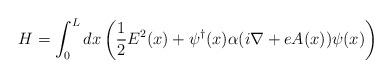
LaTeX: \begin{align*}H=\int_0^L dx\left( {1\over2}E^2(x)+ \psi^{\dagger}(x)\alpha(i\nabla+e A(x))\psi (x)\right)\end{align*}